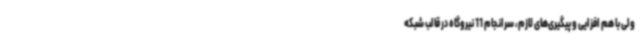
ولی با هم افزایی و پیگیری‌های لازم، سرانجام 11 نیروگاه در قالب شبکه